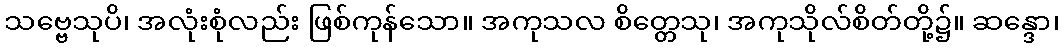
သဗ္ဗေသုပိ၊ အလုံးစုံလည်း ဖြစ်ကုန်သော။ အကုသလ စိတ္တေသု၊ အကုသိုလ်စိတ်တို့၌။ ဆန္ဒော၊